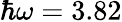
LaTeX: \hbar\omega=3.82